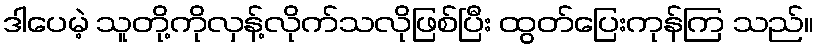
ဒါပေမဲ့ သူတို့ကိုလှန့်လိုက်သလိုဖြစ်ပြီး ထွတ်ပြေးကုန်ကြ သည်။